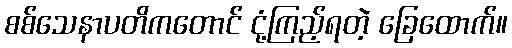
စစ်သေနာပတိကတောင် ငုံ့ကြည့်ရတဲ့ ခြေထောက်။